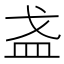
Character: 𪭌